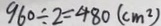
9 6 0 \div 2 = 4 8 0 ( c m ^ { 2 } )